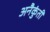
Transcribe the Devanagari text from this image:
अनैकुंती